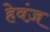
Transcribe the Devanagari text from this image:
हेवंज़